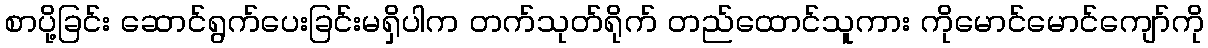
စာပို့ခြင်း ဆောင်ရွက်ပေးခြင်းမရှိပါက တက်သုတ်ရိုက် တည်ထောင်သူကား ကိုမောင်မောင်ကျော်ကို